Madras plague regulations and rules for the inspection of inward and outward bound vessels - Volume 2
Disease focus: Plague
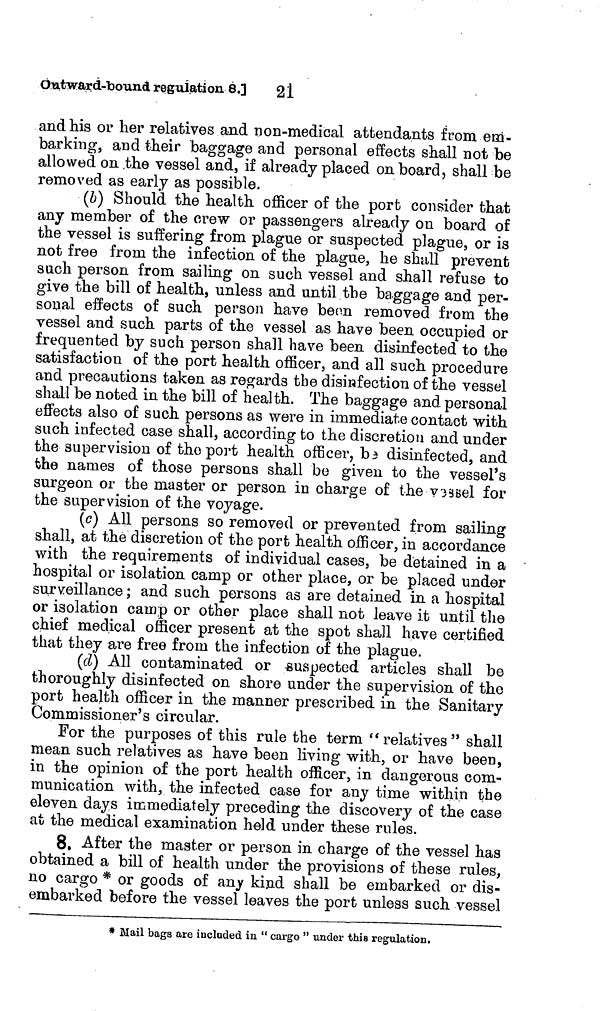
21
Outward-bound regulation 8.]
and his or her relatives and non-medical attendants from em-
barking, and their baggage and personal effects shall not be
allowed on .the vessel and, if already placed on board, shall be
removed as early as possible,
(b) Should the health officer of the port consider that
any member of the crew or passengers already on board of
the vessel is suffering from plague or suspected plague, or is
not free from the infection of the plague, he shall prevent
such person from sailing on such vessel and shall refuse to
give the bill of health, unless and until the baggage and per-
sonal effects of such person have been removed from the
vessel and such parts of the vessel as have been occupied or
frequented by such person shall have been disinfected to the
satisfaction of the port health officer, and all such procedure
and precautions taken as regards the disinfection of the vessel
shall be noted in the bill of health. The baggage and personal
effects also of such persons as were in immediate contact with
such infected case shall, according to the discretion and under
the supervision of the port health officer, be disinfected, and
the names of those persons shall be given to the vessel's
surgeon or the master or person in charge of the vessel for
the supervision of the voyage.
(c) All persons so removed or prevented from sailing
shall, at the discretion of the port health officer, in accordance
with the requirements of individual cases, be detained in a
hospital or isolation camp or other place, or be placed under
surveillance ; and such persons as are detained in a hospital
or isolation camp or other place shall not leave it until the
chief medical officer present at the spot shall have certified
that they are free from the infection of the plague.
(d) All contaminated or suspected articles shall be
thoroughly disinfected on shore under the supervision of the
port health officer in the manner prescribed in the Sanitary
Commissioner's circular.
For the purposes of this rule the term "relatives" shall
mean such relatives as have been living with, or have been,
in the opinion of the port health officer, in dangerous com-
munication with, the infected case for any time within the
eleven days immediately preceding the discovery of the case
at the medical examination held under these rules.
8. After the master or person in charge of the vessel has
obtained a bill of health under the provisions of these rules,
no cargo * or goods of any kind shall be embarked or dis-
embarked before the vessel leaves the port unless such vessel
* Mail bags are included in " cargo " under this regulation.